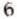
6